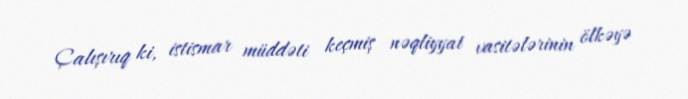
Çalışırıq ki, istismar müddəti keçmiş nəqliyyat vasitələrinin ölkəyə